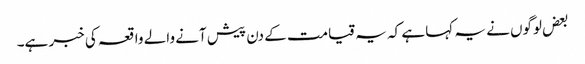
بعض لوگوں نے یہ کہا ہے کہ یہ قیامت کے دن پیش آنے والے واقعہ کی خبر ہے۔